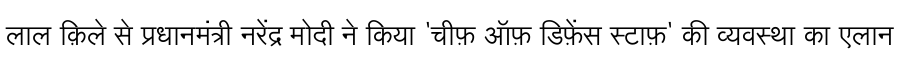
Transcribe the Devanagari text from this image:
लाल क़िले से प्रधानमंत्री नरेंद्र मोदी ने किया 'चीफ़ ऑफ़ डिफ़ेंस स्टाफ़' की व्यवस्था का एलान